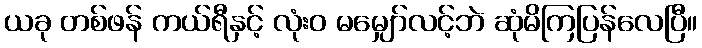
ယခု တစ်ဖန် ကယ်ရီနှင့် လုံးဝ မမျှော်လင့်ဘဲ ဆုံမိကြပြန်လေပြီ။